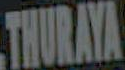
THURAYA